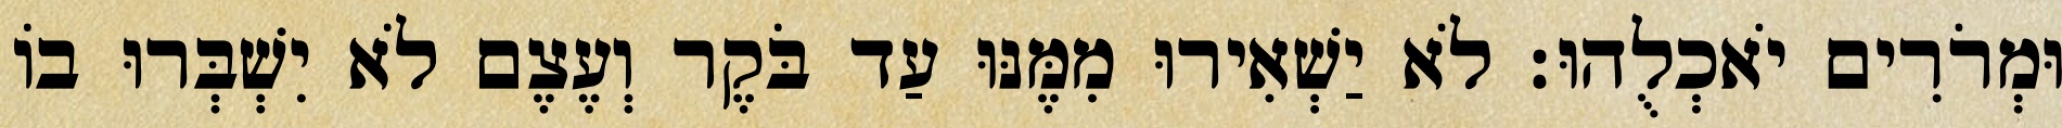
וּמְרֹרִים יֹאכְלֻהוּ׃ לֹא יַשְׁאִירוּ מִמֶּנּוּ עַד בֹּקֶר וְעֶצֶם לֹא יִשְׁבְּרוּ בוֹ